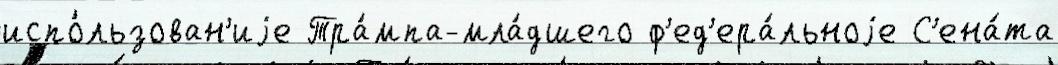
испо́льзован'иjе Тра́мпа-мла́дшего ф'ед'ера́льноjе С'ена́та